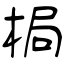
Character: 梮